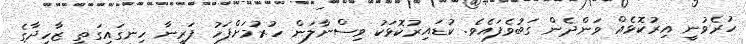
ހުރެވުނީ އިރުކޮޅެއް ވަންދެން ގަބުވެފައެވެ. ކުޑައިރުކޮޅަކު ވިސްނާލަން ހުރުމަށްފަހު ފަރީނާ ހިނގައިގަތީ ޒާހިދާގެ